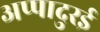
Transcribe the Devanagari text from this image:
अप्पादुरई